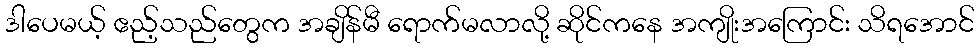
ဒါပေမယ့် ဧည့်သည်တွေက အချိန်မီ ရောက်မလာလို့ ဆိုင်ကနေ အကျိုးအကြောင်း သိရအောင်